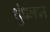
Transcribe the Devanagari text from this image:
धुंधलका